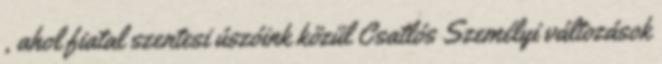
, ahol fiatal szentesi úszóink közül Csatlós Személyi változások